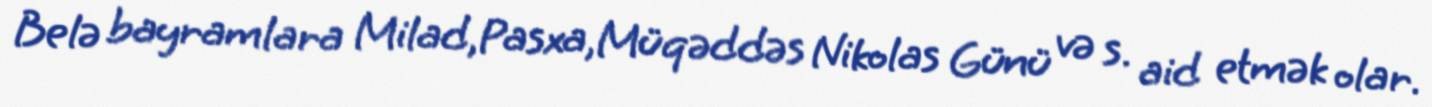
Belə bayramlara Milad,Pasxa,Müqəddəs Nikolas Günü və s. aid etmək olar.